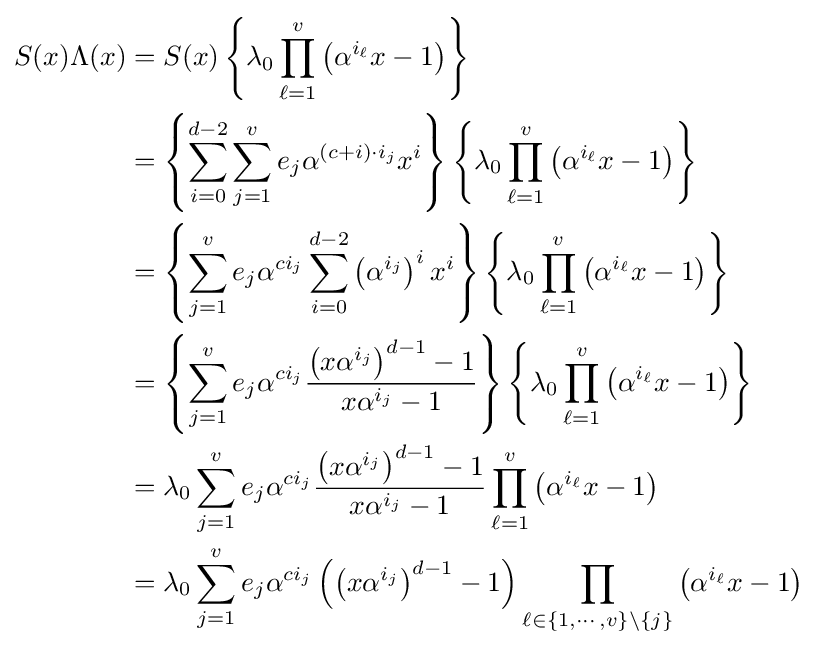
{\begin{aligned}S(x)\Lambda (x)&=S(x)\left\{\lambda _{0}\prod _{\ell =1}^{v}\left(\alpha ^{i_{\ell }}x-1\right)\right\}\\&=\left\{\sum _{i=0}^{d-2}\sum _{j=1}^{v}e_{j}\alpha ^{(c+i)\cdot i_{j}}x^{i}\right\}\left\{\lambda _{0}\prod _{\ell =1}^{v}\left(\alpha ^{i_{\ell }}x-1\right)\right\}\\&=\left\{\sum _{j=1}^{v}e_{j}\alpha ^{ci_{j}}\sum _{i=0}^{d-2}\left(\alpha ^{i_{j}}\right)^{i}x^{i}\right\}\left\{\lambda _{0}\prod _{\ell =1}^{v}\left(\alpha ^{i_{\ell }}x-1\right)\right\}\\&=\left\{\sum _{j=1}^{v}e_{j}\alpha ^{ci_{j}}{\frac {\left(x\alpha ^{i_{j}}\right)^{d-1}-1}{x\alpha ^{i_{j}}-1}}\right\}\left\{\lambda _{0}\prod _{\ell =1}^{v}\left(\alpha ^{i_{\ell }}x-1\right)\right\}\\&=\lambda _{0}\sum _{j=1}^{v}e_{j}\alpha ^{ci_{j}}{\frac {\left(x\alpha ^{i_{j}}\right)^{d-1}-1}{x\alpha ^{i_{j}}-1}}\prod _{\ell =1}^{v}\left(\alpha ^{i_{\ell }}x-1\right)\\&=\lambda _{0}\sum _{j=1}^{v}e_{j}\alpha ^{ci_{j}}\left(\left(x\alpha ^{i_{j}}\right)^{d-1}-1\right)\prod _{\ell \in \{1,\cdots ,v\}\setminus \{j\}}\left(\alpha ^{i_{\ell }}x-1\right)\end{aligned}}